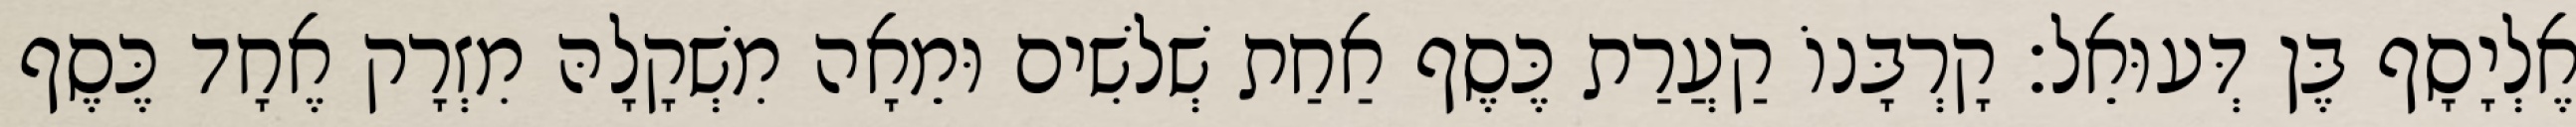
אֶלְיָסָף בֶּן דְּעוּאֵל׃ קָרְבָּנוֹ קַעֲרַת כֶּסֶף אַחַת שְׁלשִׁים וּמֵאָה מִשְׁקָלָהּ מִזְרָק אֶחָד כֶּסֶף